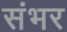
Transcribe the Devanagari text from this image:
संभर